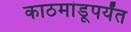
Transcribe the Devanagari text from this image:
काठमांडूपर्यंत